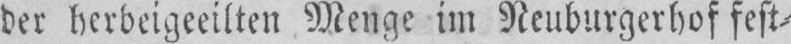
der herbeigeeilten Menge im Neuburgerhof fest⸗